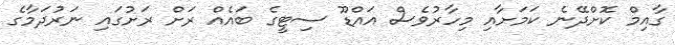
ގާއިމް ކޮށްދޭނެ ކަމަށާއި މިހާރުވެސް އައްޑޫ ސިޓީގެ ބައެއް ރަށް ރަށުގައި ނަރުދަމާގެ